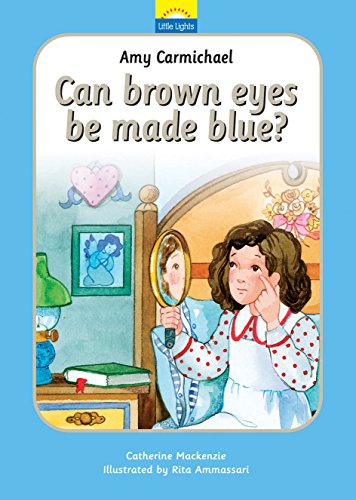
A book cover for Amy Carmichael: Can brown eyes be made blue? (Little Lights); Catherine MacKenzie; Children's Books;